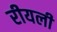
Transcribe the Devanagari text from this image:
रीयली